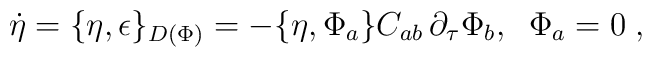
\dot{\eta}=\{\eta ,\epsilon \}_{D(\Phi )}=-\{\eta ,\Phi_{a}\}C_{ab}\,\partial _{\tau }\Phi _{b},\;\;\Phi _{a}=0\;,